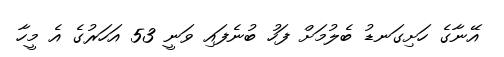
އޭނާގެ ހަށިގަނޑު ބެލުމަށް ފަހު ބުނެފައި ވަނީ 53 އަހަރުގެ އެ މީހާ